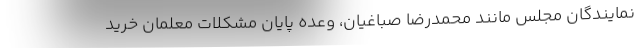
نمایندگان مجلس مانند محمدرضا صباغیان، وعده پایان مشکلات معلمان خرید